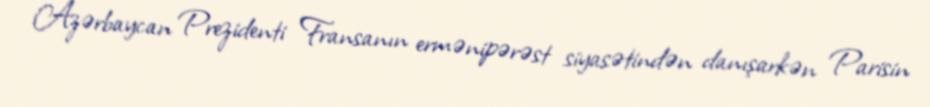
Azərbaycan Prezidenti Fransanın ermənipərəst siyasətindən danışarkən Parisin